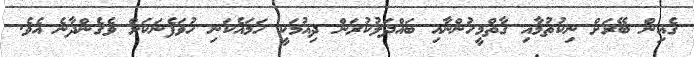
ގެއިން ބޭރަށް ނިކުތުމާއި ގާތްމީހުންނާއި ބައްދަލުކުރަން ދިއުމަކީ ހަމައެކަނި ހުވަފެނަކަށް ވެގެންދާނެ އެވެ.